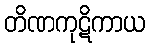
တိဏကုဋိကာယ